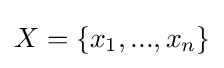
X=\{x_{1},...,x_{n}\}